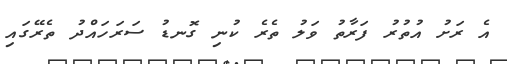
އެ ރަށު އުތުރު ފަރާތު ވަލު ތެރެ ކުނި ގޮނޑު ސަރަހައްދު ތެރޭގައި